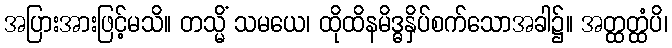
အပြားအားဖြင့်မသိ။ တသ္မိံ သမယေ၊ ထိုထိနမိဒ္ဓနှိပ်စက်သောအခါ၌။ အတ္ထတ္ထံပိ၊